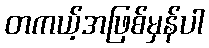
တကယ့်အဖြစ်မှန်ပါ